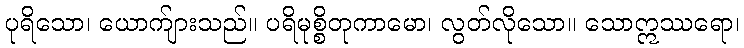
ပုရိသော၊ ယောက်ျားသည်။ ပရိမုစ္စိတုကာမော၊ လွတ်လိုသော။ သောဣဿရော၊